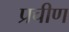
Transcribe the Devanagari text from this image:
प्रचीण